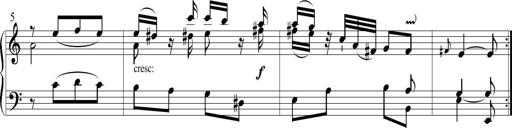
Title: 6 Leichte Sonatinen, Teil 1
Composer: F. Sigismund Sander